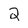
Character: 2